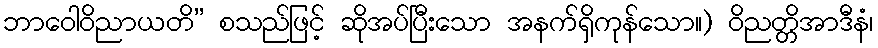
ဘာဝေါဝိညာယတိ” စသည်ဖြင့် ဆိုအပ်ပြီးသော အနက်ရှိကုန်သော။) ဝိညတ္တိအာဒီနံ၊